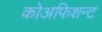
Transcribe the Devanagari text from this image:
कोअफिशन्ट